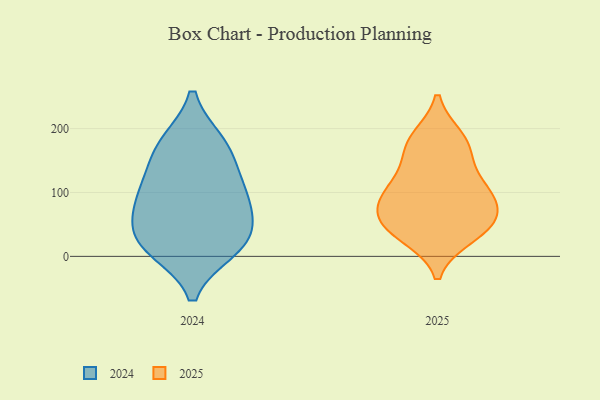
{"axis": {"x": "Inventory Turnover", "y": "Value"}, "legend": ["2024", "2025"], "data": [{"x": "", "y": 18, "type": "2024"}, {"x": "", "y": 105, "type": "2024"}, {"x": "", "y": 96, "type": "2024"}, {"x": "", "y": 12, "type": "2024"}, {"x": "", "y": 147, "type": "2024"}, {"x": "", "y": 20, "type": "2024"}, {"x": "", "y": 177, "type": "2024"}, {"x": "", "y": 177, "type": "2024"}, {"x": "", "y": 62, "type": "2024"}, {"x": "", "y": 38, "type": "2024"}, {"x": "", "y": 90, "type": "2024"}, {"x": "", "y": 98, "type": "2025"}, {"x": "", "y": 176, "type": "2025"}, {"x": "", "y": 184, "type": "2025"}, {"x": "", "y": 92, "type": "2025"}, {"x": "", "y": 103, "type": "2025"}, {"x": "", "y": 49, "type": "2025"}, {"x": "", "y": 59, "type": "2025"}, {"x": "", "y": 64, "type": "2025"}, {"x": "", "y": 33, "type": "2025"}, {"x": "", "y": 165, "type": "2025"}, {"x": "", "y": 41, "type": "2025"}, {"x": "", "y": 118, "type": "2025"}]}